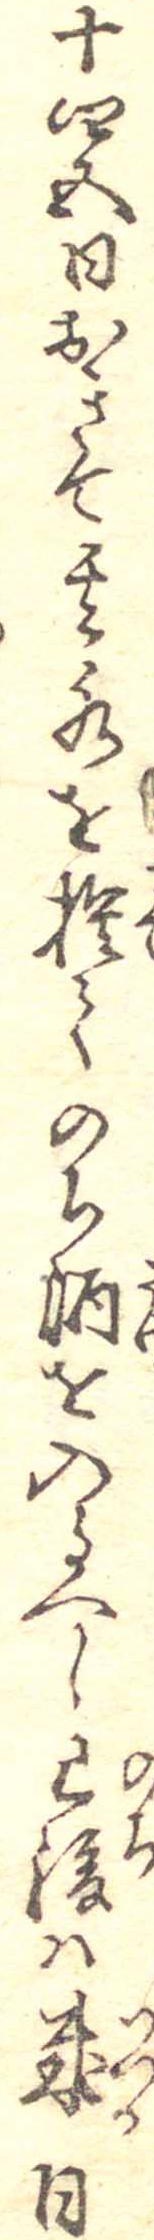
十四五日おきて其水を捨てのち酒を入るへし已後は幾日